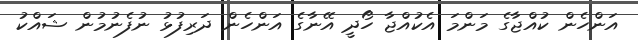
އަންހެން ކުއްޖާގެ މަންމަ އެކުއްޖާ ހޯދީ އޭނާގެ އަންހެން ދަރިފުޅު ނުފެނުމުން ޝައްކު